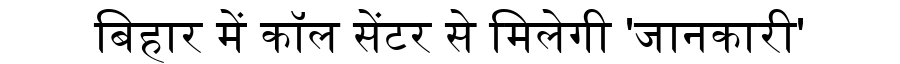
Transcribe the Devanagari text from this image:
बिहार में कॉल सेंटर से मिलेगी 'जानकारी'